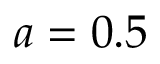
a = 0 . 5